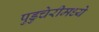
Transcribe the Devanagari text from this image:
पुडुचेरीमध्ये